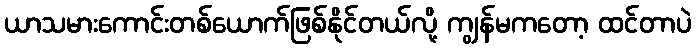
ယာသမားကောင်းတစ်ယောက်ဖြစ်နိုင်တယ်လို့ ကျွန်မကတော့ ထင်တာပဲ